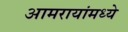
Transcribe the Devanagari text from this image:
आमरायांमध्ये